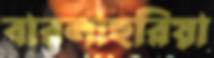
বারলাহুরিয়া